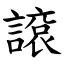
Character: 䜇